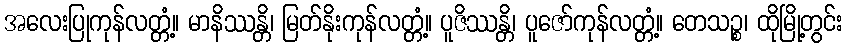
အလေးပြုကုန်လတ္တံ့။ မာနိဿန္တိ၊ မြတ်နိုးကုန်လတ္တံ့။ ပူဇိဿန္တိ၊ ပူဇော်ကုန်လတ္တံ့။ တေသဉ္စ၊ ထိုမြို့တွင်း